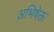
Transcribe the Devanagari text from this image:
अभिषेक्त